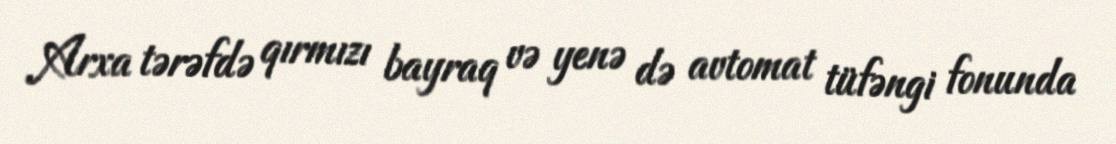
Arxa tərəfdə qırmızı bayraq və yenə də avtomat tüfəngi fonunda